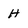
Character: H